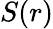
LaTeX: S(r)